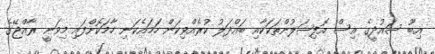
އިބޫ ސައުދީގެ އިސް އޮފިޝަލުންތަކަކާއި ބައްދަލު ކުރެއްވިކަން ހަމައެކަނި ހާމަކޮށްފައި މިވަނީ ރާއްޖޭގެ